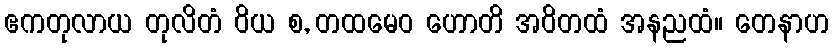
ဧကတုလာယ တုလိတံ ဝိယ စ, တထမေဝ ဟောတိ အဝိတထံ အနညထံ။ တေနာဟ